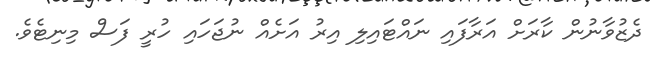
ދެޒުވާނުން ކާރަށް އަރާފައި ނައްޓައިލި އިރު އަށެއް ނުޖަހައި ހުރީ ފަސް މިނިޓެވެ.